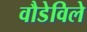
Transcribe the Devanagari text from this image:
वौडेविले